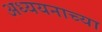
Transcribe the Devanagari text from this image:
अध्ययनाच्या